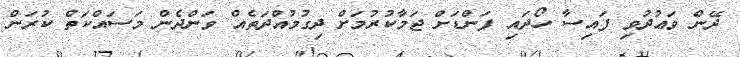
ދޭން ވަޢުދުވި ފައިސާ ހޯދައި ފަންޑަށް ޖަމާކުރުމަށް ދިގުމުއްދަތެއް ވަންދެން މަސައްކަތް ކުރަން